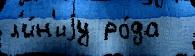
л'и́н'иjу ро́да